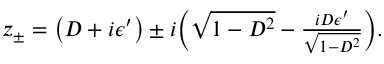
\begin{array} { r } { z _ { \pm } = \big ( D + i \epsilon ^ { \prime } \big ) \pm i \Big ( \sqrt { 1 - D ^ { 2 } } - \frac { i D \epsilon ^ { \prime } } { \sqrt { 1 - D ^ { 2 } } } \Big ) . } \end{array}